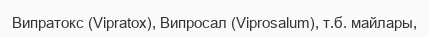
Випратокс (Vіpratox), Випросал (Vіprosalum), т.б. майлары,